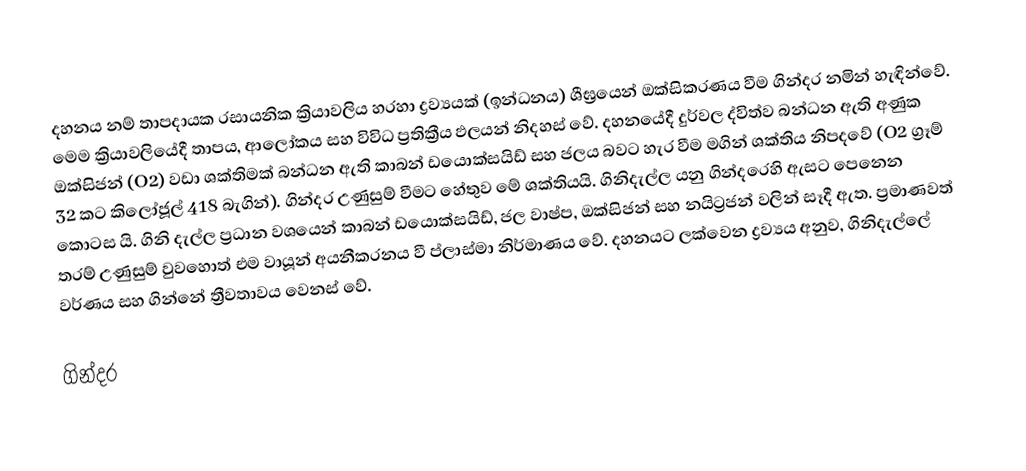
දහනය නම් තාපදායක රසායනික ක්‍රියාවලිය හරහා ද්‍රව්‍යයක් (ඉන්ධනය) ශීඝ්‍රයෙන් ඔක්සිකරණය වීම ගින්දර නමින් හැඳින්වේ. මෙම ක්‍රියාවලියේදී තාපය, ආලෝකය සහ විවිධ ප්‍රතික්‍රීය ඵලයන් නිදහස් වේ. දහනයේදී දුර්වල ද්විත්ව බන්ධන ඇති අණුක ඔක්සිජන් (O2) වඩා ශක්තිමක් බන්ධන ඇති කාබන් ඩයොක්සයිඩ් සහ ජලය බවට හැර වීම මගින් ශක්තිය නිපදවේ (O2 ග්‍රෑම් 32 කට කිලෝජූල් 418 බැගින්). ගින්දර උණුසුම් වීමට හේතුව මේ ශක්තියයි. ගිනිදැල්ල යනු ගින්දරෙහි ඇසට පෙනෙන කොටස යි. ගිනි දැල්ල ප්‍රධාන වශයෙන් කාබන් ඩයොක්සයිඩ්, ජල වාෂ්ප, ඔක්සිජන් සහ නයිට්‍රජන් වලින් සෑදී ඇත. ප්‍රමාණවත් තරම් උණුසුම් වුවහොත් එම වායූන් අයනීකරන‍ය වී ප්ලාස්මා නිර්මාණය වේ. දහනයට ලක්වෙන ද්‍රව්‍යය අනුව, ගිනිදැල්ලේ වර්ණය සහ ගින්නේ ත්‍රීවතාවය වෙනස් වේ.

ගින්දර